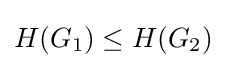
H(G_{1})\leq H(G_{2})